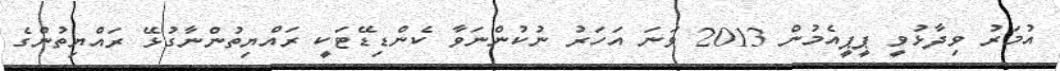
އުމަރު ވިދާޅުވީ ޕީޕީއެމުން 2013 ވަނަ އަހަރު ނުކުންނަވާ ކެންޑިޑޭޓަކީ ރައްޔިތުންނާގުޅޭ ރައްޔިތުންގެ